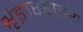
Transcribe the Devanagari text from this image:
शृंङ्गारहास्य